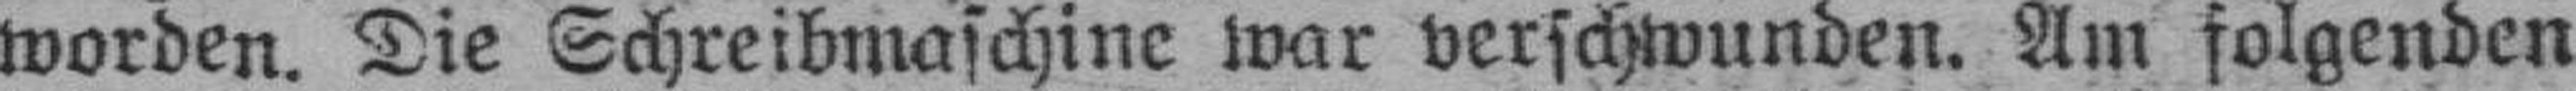
worden. Die Schreibmaschine war verschwunden. Am folgenden